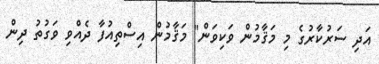
އަދި ސަރުކާރުގެ މި މަޤާމުން ވަކިވަން" މަޤާމުން އިސްތިއުފާ ދެއްވި ވަގުތު ދިން